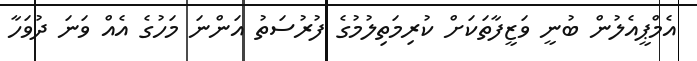
އެމްޕީއެލުން ބުނީ ވަޒީފާތަކަށް ކުރިމަތިލުމުގެ ފުރުސަތު އަންނަ މަހުގެ އެއް ވަނަ ދުވަހާ